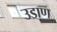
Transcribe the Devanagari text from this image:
उडाण